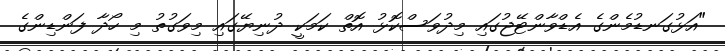
"އަޅުގަނޑުމެންގެ އެޑްވާންޓޭޖުގައި މިދުވަސްކޮޅު އޮތް ކަމަކީ ދުނިޔޭގައި މިވަގުތު މި ހޯދާ ފަންޑިންގެ